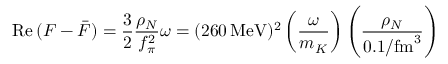
\mathrm { R e } \, ( F - \bar { F } ) = \frac { 3 } { 2 } \frac { \rho _ { N } } { f _ { \pi } ^ { 2 } } \omega = ( 2 6 0 \, \mathrm { M e V } ) ^ { 2 } \left( \frac { \omega } { m _ { K } } \right) \left( \frac { \rho _ { N } } { 0 . 1 / \mathrm { f m } ^ { 3 } } \right)